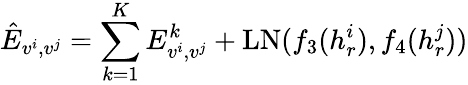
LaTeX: \hat{E}_{v^{i},v^{j}}=\sum_{k=1}^{K}{E_{v^{i},v^{j}}^{k}}+\mathrm{LN}(f_{3}(h_{r}^{i}),f_{4}(h_{r}^{j}))